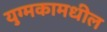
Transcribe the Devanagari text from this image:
युग्मकामधील